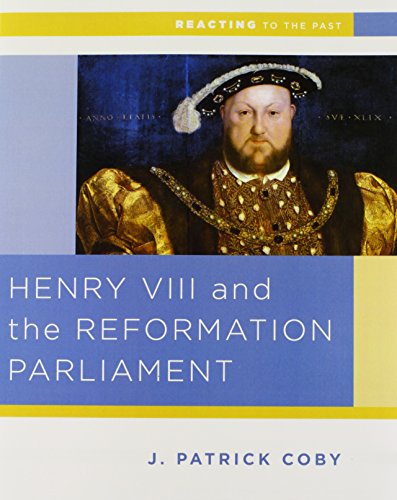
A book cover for Henry VIII and the Reformation of Parliament (Reacting to the Past); Patrick Coby; History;